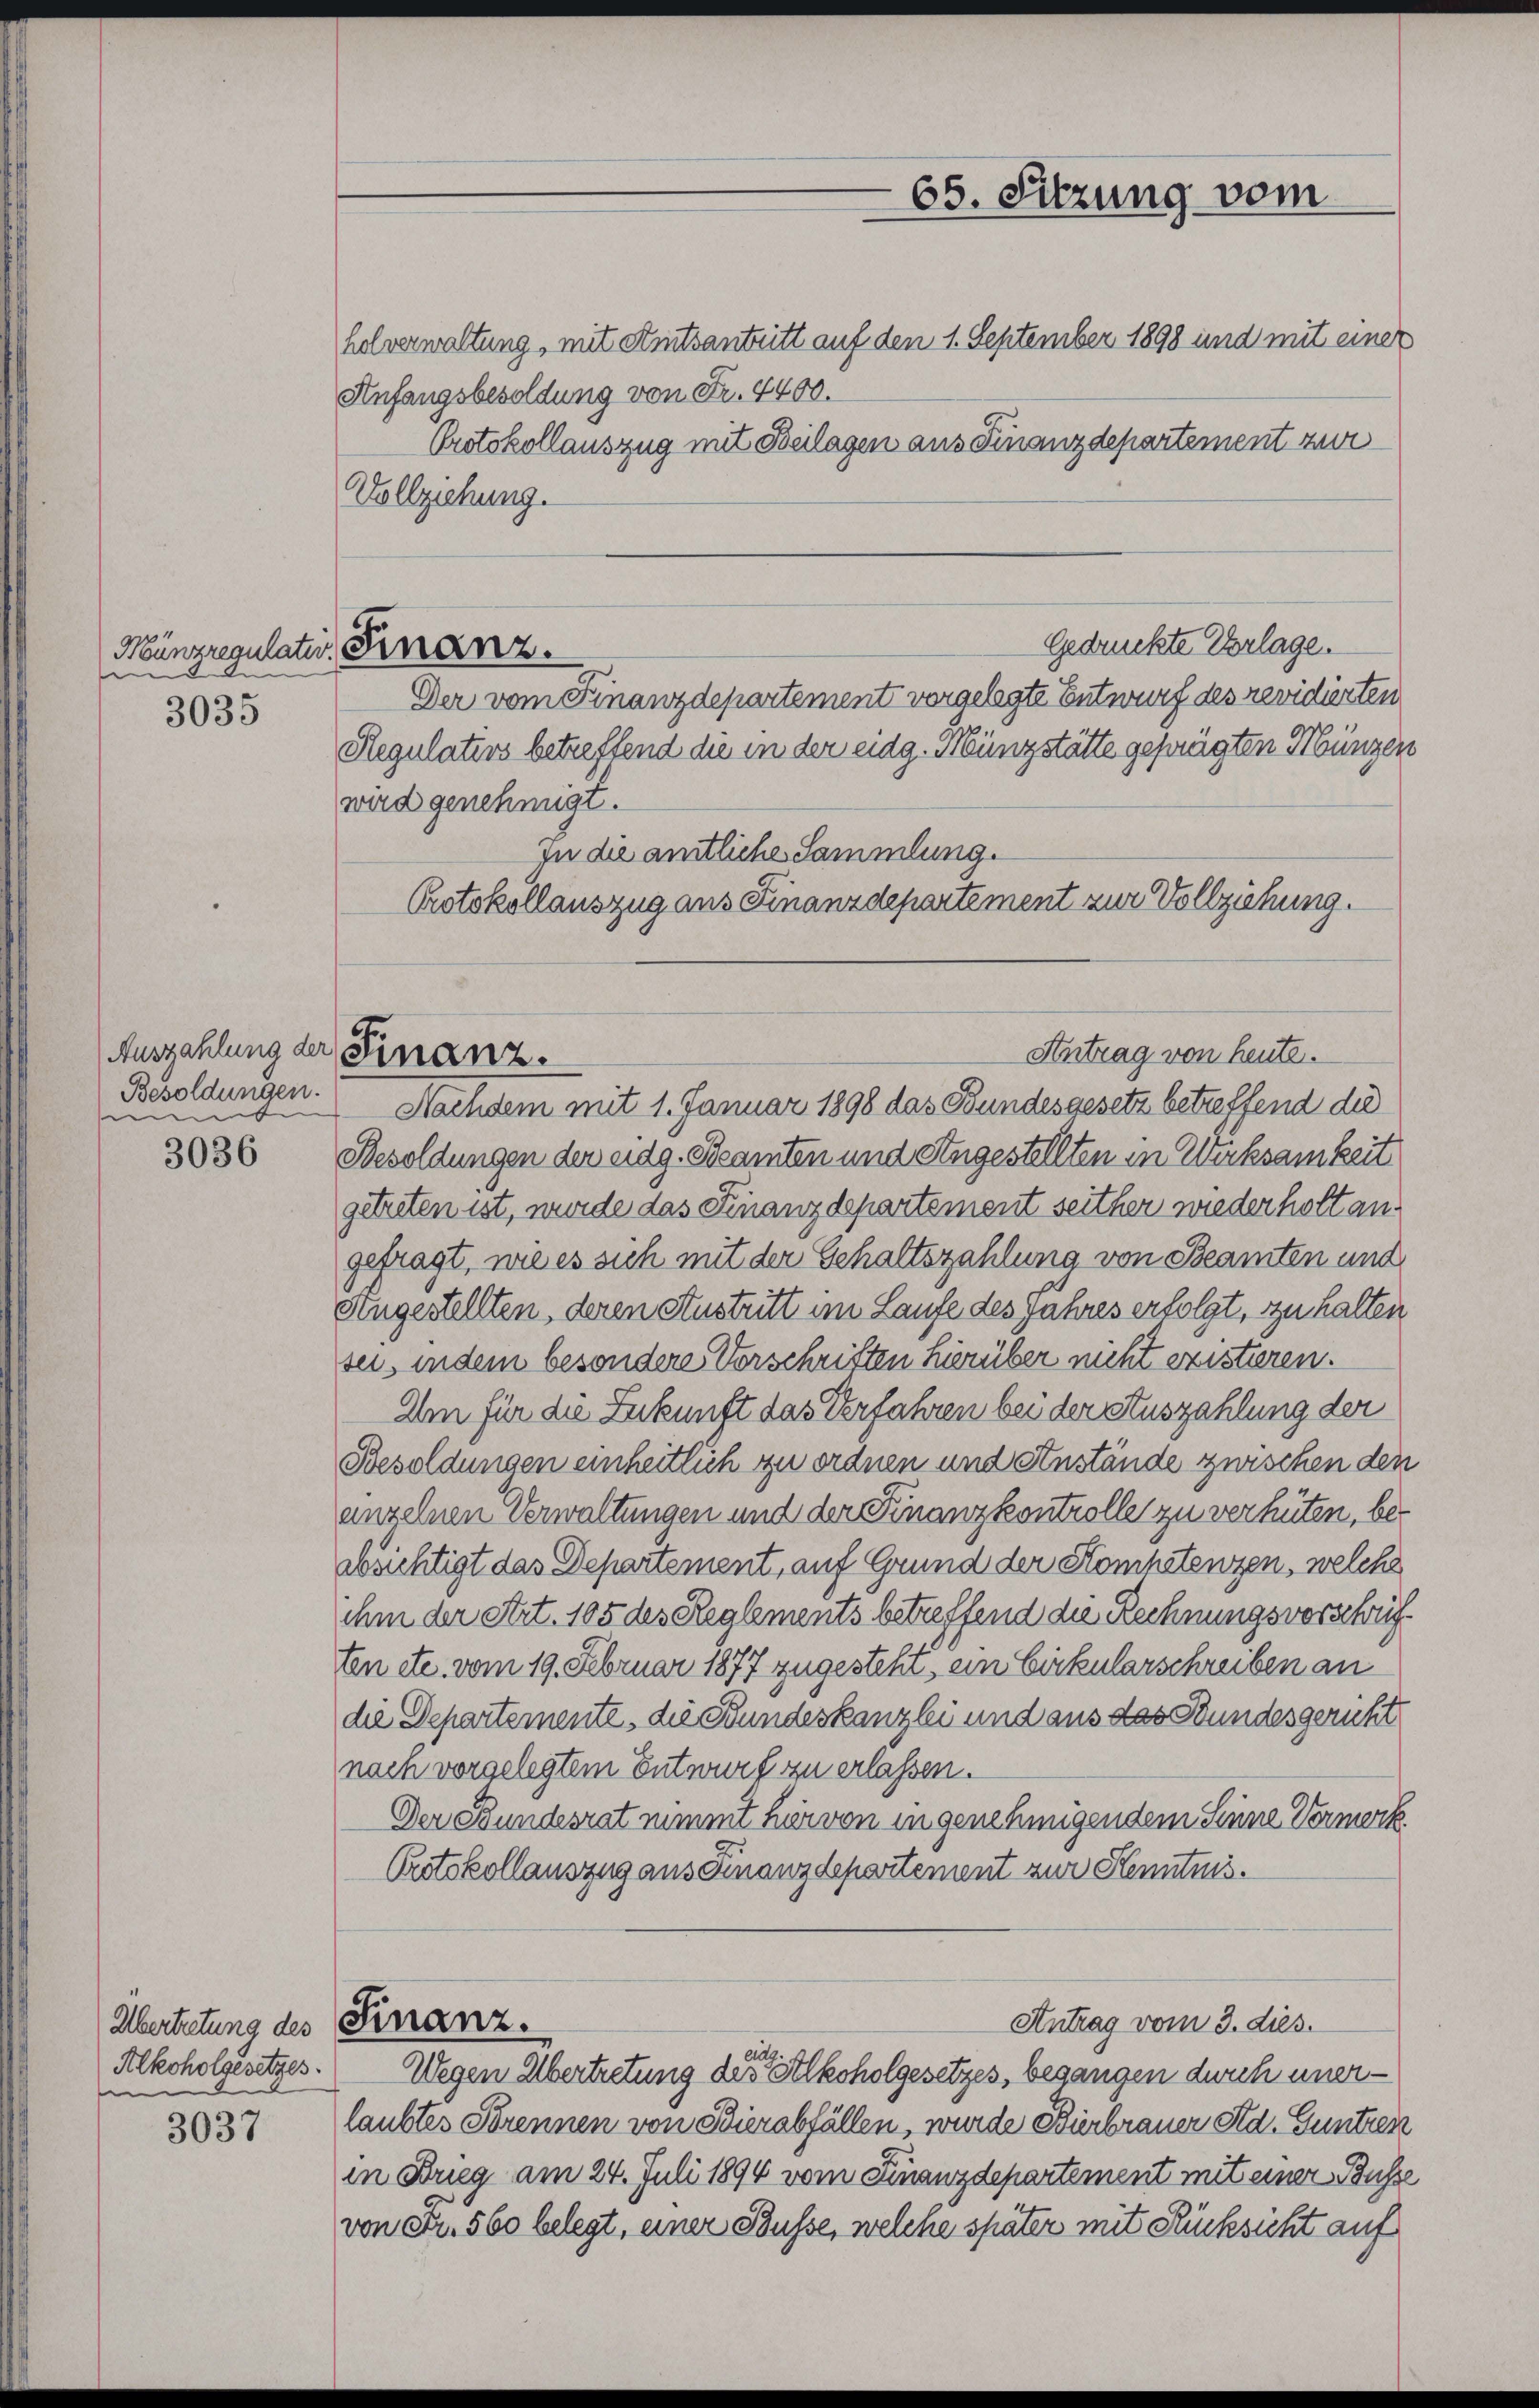
Münzregulatio
159
e

3035

3036

3037

Besoldungen.
i

Übertretung des Finanz.
e

Anfangsbesoldung von Fr. 4400.
Protokollauszug mit Beilagen aus Finanzdepartement zur
Vollziehung.

Finanz.

Auszahlung der Finanz.

Gedrückte Vorlage.

65. Sitzung vom
helverwaltung, mit Amtsantritt auf den 1. September 1898 und mit einer

Antrag von heute.

Antrag vom 3. dies.

Der vom Finanzdepartement vorgelegte Entwurf des revidierten
Regulativs betreffend die in der eidg. Münzstätte gefügten Münzen
wird genehmigt.
In die amtliche Sammlung.
Protokollauszug aus Finanzdepartement zur Vollziehung.

Nachdem mit 1. Januar 1898 das Bundesgesetz betreffend die
Besoldungen der eidg. Beamten und Angestellten in Wirksamkeit
getreten ist, wurde das Finanzdepartement seither wiederholt angefragt, wie es sich mit der Gehaltszahlung von Beamten und
Augestellten, deren Austritt im Laufe des Jahres erfolgt, zu halten,
sei, indem besondere Vorschriften hierüber nicht existieren.
Um für die Zukunft das Verfahren bei der Auszahlung der
Besoldungen einheitlich zu ordnen und Anstände zwischen den
anzelnen Verwaltungen und der Finanzkontrolle zu verhüten, beabsichtigt das Departement, auf Grund der Kompetenzen, welche
ihm der Art. 105 des Reglements betreffend die Rechnungsvorschriften etc. vom 19. Februar 1877 zugesteht, ein Cirkularschreiben an
die Departemente, die Bundeskanzlei und aus das Bundesgericht
nach vorgelegtem Entwurf zu erlassen.
Der Bundesrat nimmt hervon in genehmigendem Sinne Vermerk
Protokollauszug aus Finanzdepartement zur Kenntnis.

Alkoholgesetzes. Wegen Übertretung des Alkoholgesetzes, begangen durch unerlaubtes Trennen von Hierabfällen, wurde Bierbrauer Ad. Guntzen
in Brieg am 24. Juli 1894 vom Finanzdepartement mit einer Busse
von Fr. 560 belegt, einer Busse, welche später mit Rücksicht auf